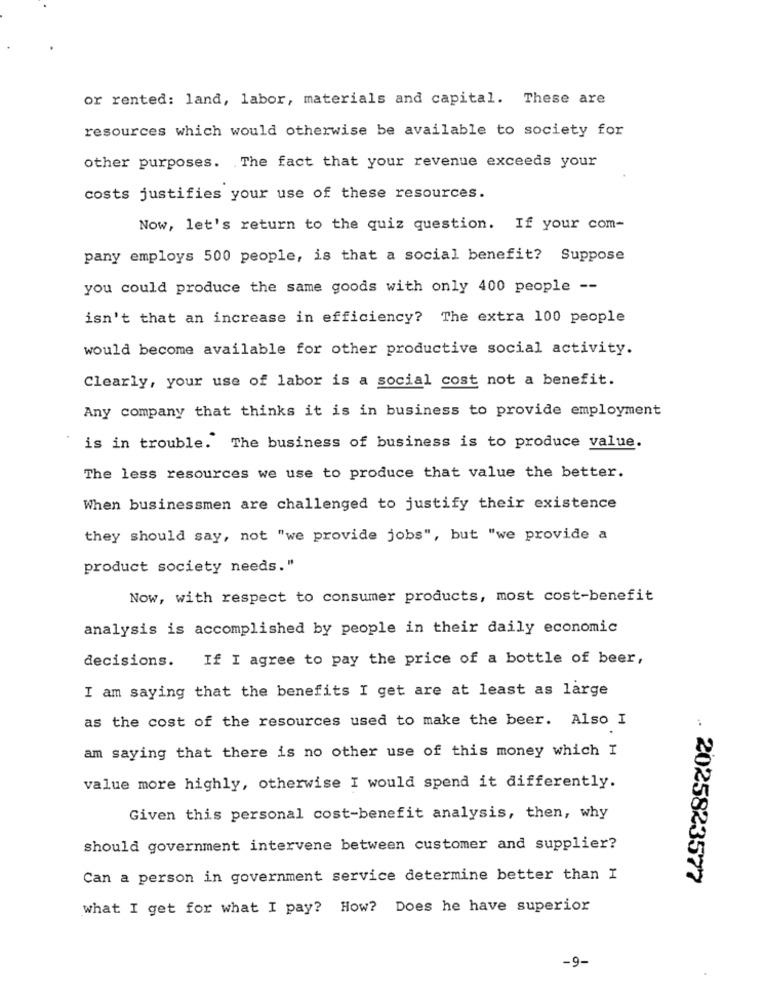
or rented: land, labor, materials and capital. These are
resources which would otherwise be available to society for
other purposes. The fact that your revenue exceeds your
costs justifies your use of these resources.
Now, let's return to the quiz question. If your com-
pany employs 500 people, is that a social benefit? Suppose
you could produce the same goods with only 400 people --
isn't that an increase in efficiency? The extra 100 people
would become available for other productive social activity.
Clearly, your use of labor is a social cost not a benefit.
Any company that thinks it is in business to provide employment
is in trouble. The business of business is to produce value.
The less resources we use to produce that value the better.
When businessmen are challenged to justify their existence
they should say, not "we provide jobs", but "we provide a
product society needs."
Now, with respect to consumer products, most cost-benefit
analysis is accomplished by people in their daily economic
decisions.
If I agree to pay the price of a bottle of beer,
I am saying that the benefits I get are at least as large
as the cost of the resources used to make the beer. Also I
am saying that there is no other use of this money which I
value more highly, otherwise I would spend it differently.
Given this personal cost-benefit analysis, then, why
should government intervene between customer and supplier?
Can a person in government service determine better than I
. 2025823577
what I get for what I pay? How? Does he have superior
-9-